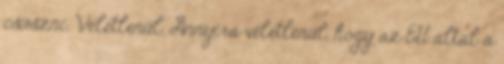
csúszni. Véletlenül. Annyira véletlenül, hogy az EU által a